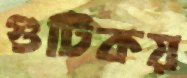
গুটিকয়